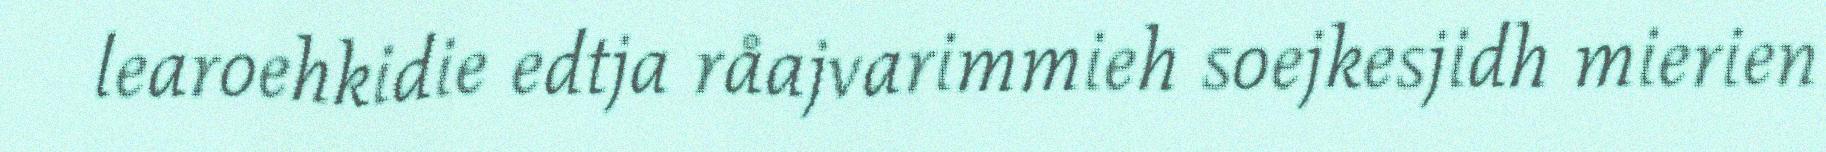
learoehkidie edtja råajvarimmieh soejkesjidh mierien